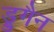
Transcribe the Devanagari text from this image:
ड्रुगैन